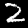
Label: 2